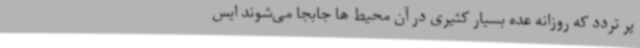
پر تردد که روزانه عده بسیار کثیری در آن محیط ها جابجا می‌شوند ایس